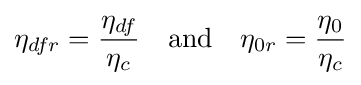
\eta _{dfr}={\frac {\eta _{df}}{\eta _{c}}}\quad {\text{and}}\quad \eta _{0r}={\frac {\eta _{0}}{\eta _{c}}}